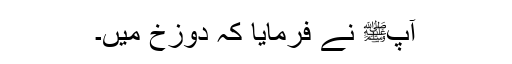
آپﷺ نے فرمایا کہ دوزخ میں۔